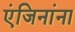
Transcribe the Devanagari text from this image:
एंजिनांना